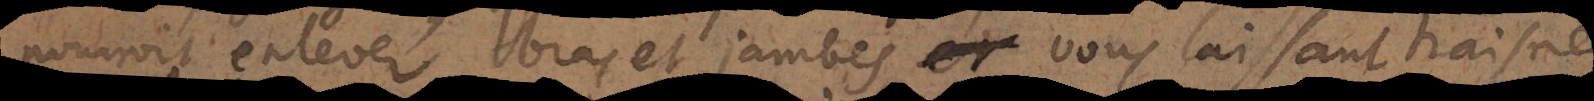
pourroit enlever bras et jambes, vous laissant traisne